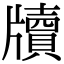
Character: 牘